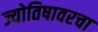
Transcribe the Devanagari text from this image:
ज्योतिषावरचा